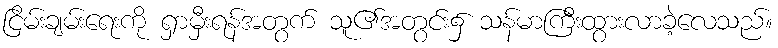
ငြိမ်းချမ်းရေးကို ရှာမှီးရန်အတွက် သူ၏အတွင်း၌ သန်မာကြီးထွားလာခဲ့လေသည်။